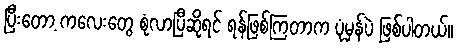
ပြီးတော့ ကလေးတွေ စုံလာပြီဆိုရင် ရန်ဖြစ်ကြတာက ပုံမှန်ပဲ ဖြစ်ပါတယ်။